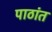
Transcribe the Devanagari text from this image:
पाठांत